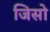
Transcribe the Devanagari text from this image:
जिसो